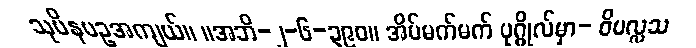
သုပိနပဥအကျယ်။ ။အဘိ-၂-၆-၃၉၀။ အိပ်မက်မက် ပုဂ္ဂိုလ်မှာ- ဝိပလ္လသ